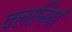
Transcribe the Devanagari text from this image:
क्लानियां